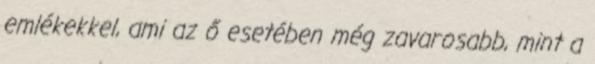
emlékekkel, ami az ő esetében még zavarosabb, mint a